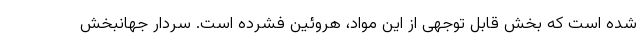
شده است که بخش قابل توجهی از این مواد، هروئین فشرده است. سردار جهانبخش